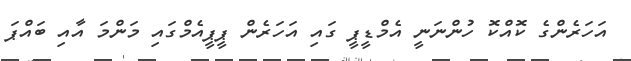
އަހަރެންގެ ކޮއްކޮ ހުންނަނީ އެމްޑީޕީ ގައި އަހަރެން ޕީޕީއެމްގައި މަންމަ އާއި ބައްޕަ